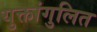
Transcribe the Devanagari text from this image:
युक्तांगुलित